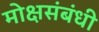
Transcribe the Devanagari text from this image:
मोक्षसंबंधी